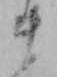
ま